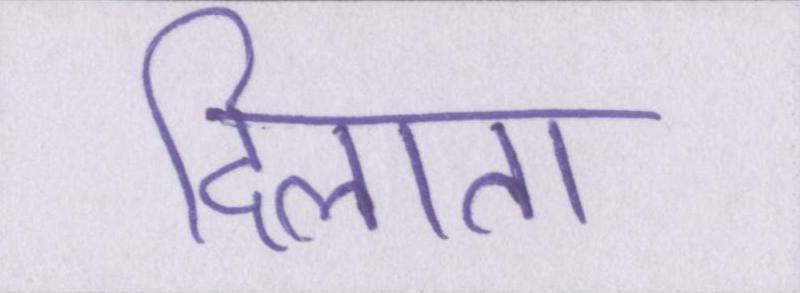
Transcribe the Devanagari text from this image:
दिलाता